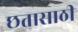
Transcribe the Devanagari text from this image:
छतासाठी